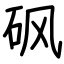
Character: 砜